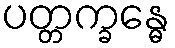
ပတ္တက္ခန္ဓေ